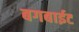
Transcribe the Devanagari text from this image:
बगबाईट